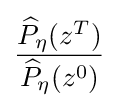
{\frac {{\widehat {P}}_{\eta }(z^{T})}{{\widehat {P}}_{\eta }(z^{0})}}